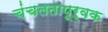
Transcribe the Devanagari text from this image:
चंचलतापूर्वक